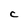
Character: C